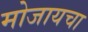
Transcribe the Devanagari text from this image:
मोजायचा